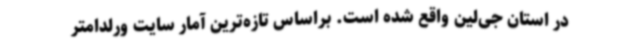
در استان جی‌لین واقع شده است. براساس تازه‌ترین آمار سایت ورلدامتر